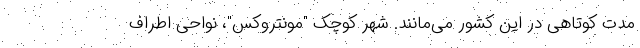
مدت کوتاهی در این کشور می‌مانند. شهر کوچک "مونتروکس"، نواحی اطراف